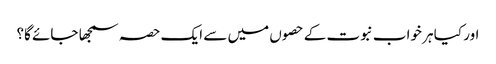
اور کیا ہر خواب نبوت کے حصوں میں سے ایک حصہ سمجھا جائے گا؟